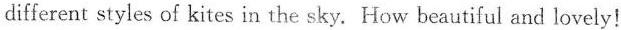
different styles of kites in the sky. How beautiful and lovely!